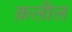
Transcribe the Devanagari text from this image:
क़लील